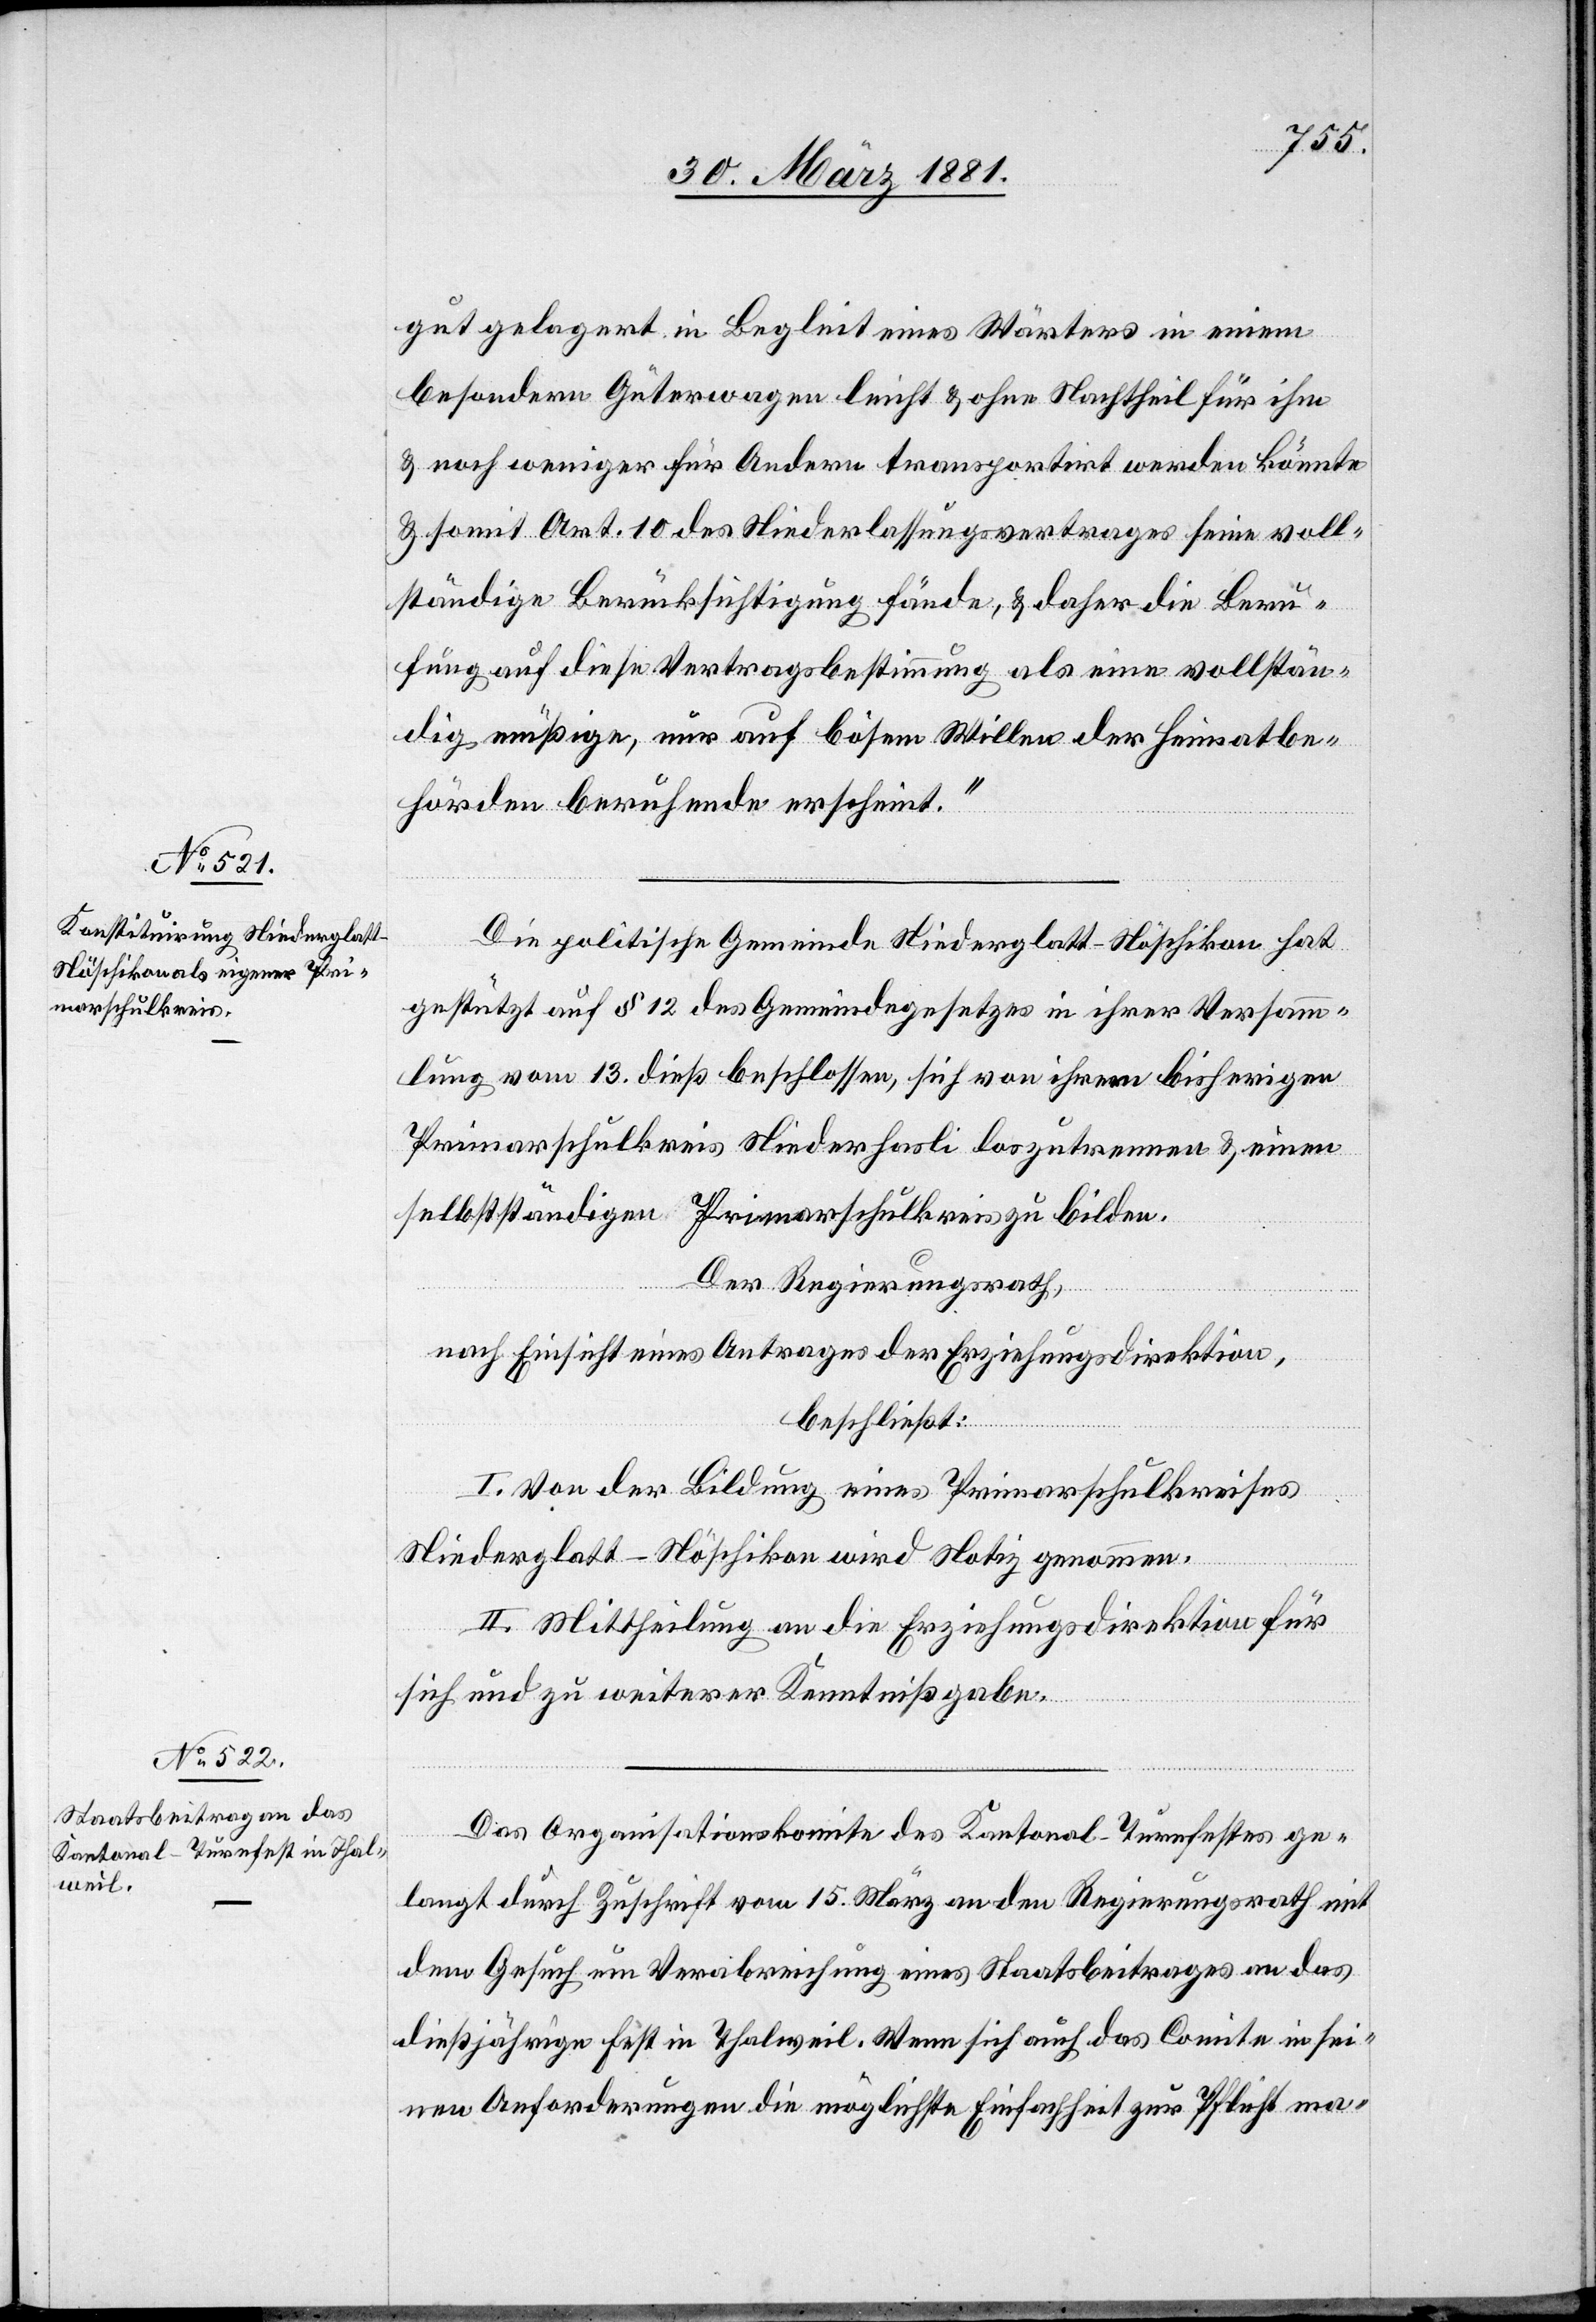
gut gelagert in Begleit eines Wärters in einem
besondern Güterwagen leicht & ohne Nachtheil für ihn
& noch weniger für Andere transportirt werden könnte
& somit Art. 10 des Niederlassungsvertrages seine voll¬
ständige Berücksichtigung fände, & daher die Beru¬
fung auf diese Vertragsbestimmung als eine vollstän¬
dig müßige, nur auf bösem Willen der Heimatbe¬
hörden beruhende erscheint.“
Die politische Gemeinde Niederglatt-Nöschikon hat
gestützt auf § 12 des Gemeindegesetzes in ihrer Versamm¬
lung vom 13. dieß beschlossen, sich von ihrem bisherigen
Primarschulkreis Niederhasli loszutrennen & einen
selbstständigen Primarschulkreis bilden.
Der Regierungsrath,
nach Einsicht eines Antrages der Erziehungsdirektion,
beschließt:
I. Von der Bildung eines Primaschulkreises
Niederglatt-Nöschikon wird Notiz genommen.
II. Mittheilung an die Erziehungsdirektion für
sich und zu weiterer Kenntnißgabe.
Das Organisationskomite des Kantonal-Turnfestes ge¬
langt durch Zuschrift vom 15. März an den Regierungsrath mit
dem Gesuch um Verabreichung eines Staatsbeitrages an das
dießjährige Fest in Thalweil. Wenn sich auch das Comite in sei¬
nen Anforderungen die möglichste Einfachheit zur Pflicht ma-